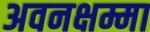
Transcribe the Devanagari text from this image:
अवनक्षम्मा